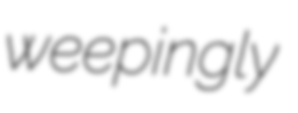
weepingly